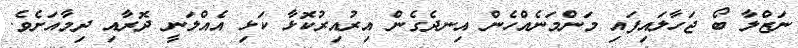
ނަޒްލާ ބޯ ޖަހާލައިފައި މަންމަނެއްހެން އިނދެގެން އިރުއިރުކޮޅާ ކަޅި އެއްލަނީ ދޮރާއި ދިމާއަށެވެ.